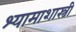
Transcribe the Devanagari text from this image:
श्यामाशास्त्री